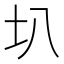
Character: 𫭗